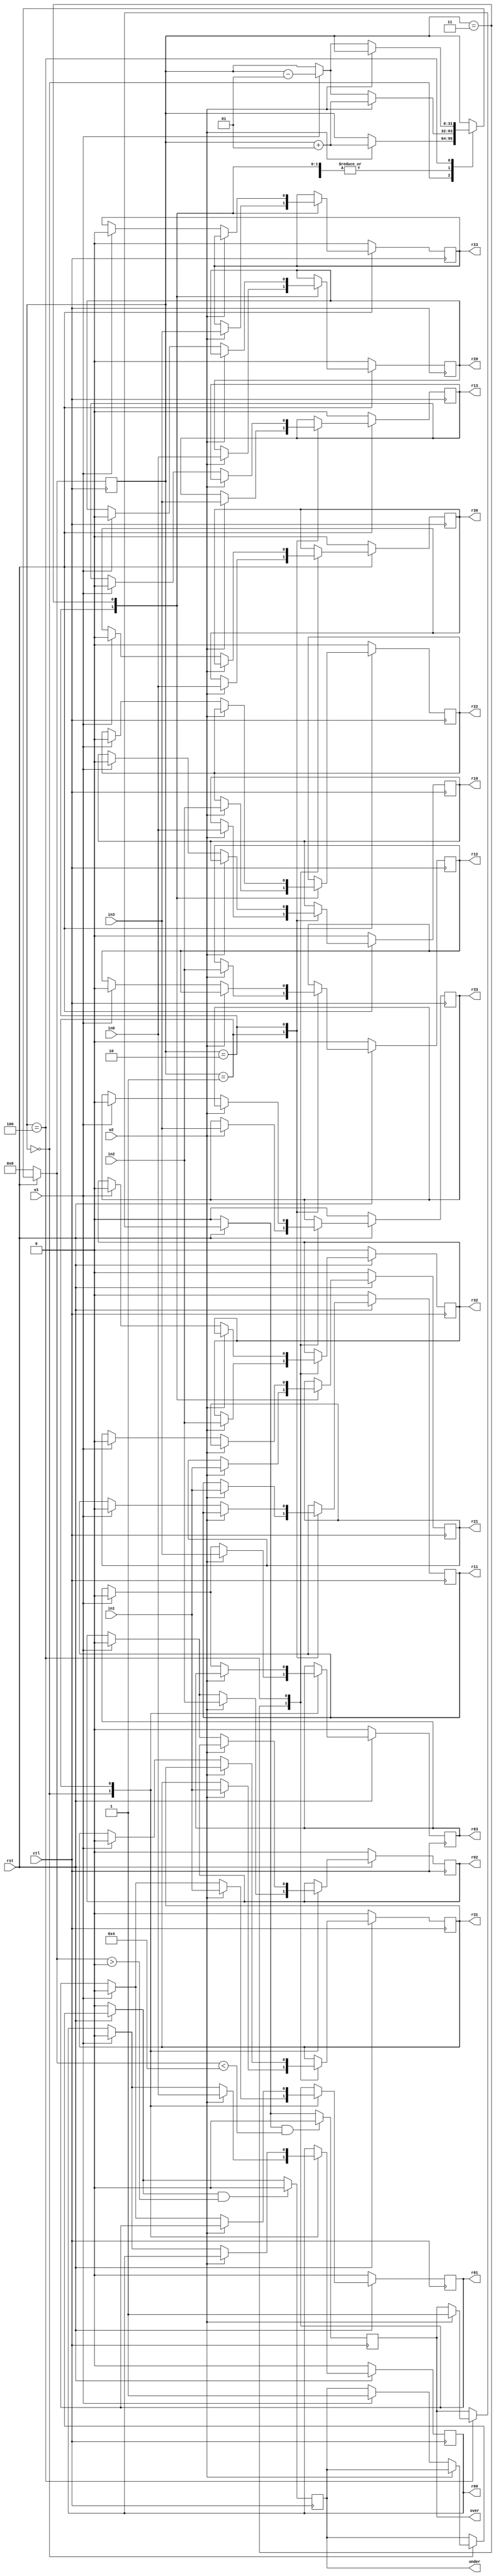
module beststack(w2, w1, in3, in2, in1, in0, r00, r01, r02, r03, r10, r11, r12, r13, r20, r21, r22, r23, r30, r31, r32, r33, ctl, over, under, rst);
	input w2, w1, in3, in2, in1, in0, ctl, rst;
	output reg r00, r01, r02, r03, r10, r11, r12, r13, r20, r21, r22, r23, r30, r31, r32, r33, over, under;
	
	integer state;
	
	initial
	begin
	state = 0;
	
	r00 = 0;
	r01 = 0;
	r02 = 0;
	r03 = 0;
	
	r10 = 0;
	r11 = 0;
	r12 = 0;
	r13 = 0;
	
	r20 = 0;
	r21 = 0;
	r22 = 0;
	r23 = 0;
	
	r30 = 0;
	r31 = 0;
	r32 = 0;
	r33 = 0;
	
	over = 0;
	under = 0;
	end
	
	always@(negedge ctl)
	begin
	
		case(state)
			0:
			begin
				if(w2 == 1)
				begin
					/* push */
					r00 = in0;
					r01 = in1;
					r02 = in2;
					r03 = in3;
					state = state + 1;
				end
				else if(w1 == 1)
				begin
					/* pop */
					under = 1;
					r00 = 0;
					r01 = 0;
					r02 = 0;
					r03 = 0;
					state = state;
				end
			end
			
			1:
			begin
				if(w2 == 1)
				begin
					/* push */
					r10 = in0;
					r11 = in1;
					r12 = in2;
					r13 = in3;
					state = state + 1;
				end
				else if(w1 == 1)
				begin
					/* pop */
					r00 = 0;
					r01 = 0;
					r02 = 0;
					r03 = 0;
					state = state - 1;
				end
			end
			
			2:
			begin
				if(w2 == 1)
				begin
					/* push */
					r20 = in0;
					r21 = in1;
					r22 = in2;
					r23 = in3;
					state = state + 1;
				end
				else if(w1 == 1)
				begin
					/* pop */
					r10 = 0;
					r11 = 0;
					r12 = 0;
					r13 = 0;
					state = state - 1;
				end
			end
			
			
			3:
			begin
				if(w2 == 1)
				begin
					/* push */
					r30 = in0;
					r31 = in1;
					r32 = in2;
					r33 = in3;
					state = state + 1;
				end
				else if(w1 == 1)
				begin
					/* pop */
					r20 = 0;
					r21 = 0;
					r22 = 0;
					r23 = 0;
					state = state - 1;
				end
			end
			
			4:
			begin
				if(w2 == 1)
				begin
					/* push */
					over = 1;
				end
				else if(w1 == 1)
				begin
					/* pop */
					r30 = 0;
					r31 = 0;
					r32 = 0;
					r33 = 0;
					state = state - 1;
				end
			end
		
		endcase
		
		if(rst == 0)
		begin
			state = 0;
			
			r00 = 0;
			r01 = 0;
			r02 = 0;
			r03 = 0;
			
			r10 = 0;
			r11 = 0;
			r12 = 0;
			r13 = 0;
			
			r20 = 0;
			r21 = 0;
			r22 = 0;
			r23 = 0;
			
			r30 = 0;
			r31 = 0;
			r32 = 0;
			r33 = 0;
			
			over = 0;
			under = 0;
		end
		
		if(under == 1 && state > 0)
		begin
			under = 0;
		end
		
		if(over == 1 && state < 4)
		begin
			over = 0;
		end
		
	end
	
endmodule